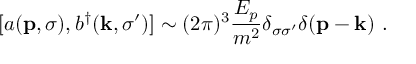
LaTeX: [ a ( { \bf p } , \sigma ) , b ^ { \dagger } ( { \bf k } , \sigma ^ { \prime } ) ] \sim ( 2 \pi ) ^ { 3 } { \frac { E _ { p } } { m ^ { 2 } } } \delta _ { \sigma \sigma ^ { \prime } } \delta ( { \bf p } - { \bf k } ) \, \, .